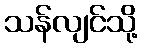
သန်လျင်သို့